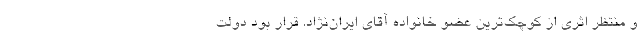
و منتظر اثری از کوچک‌ترین عضو خانواده آقای ایران‌نژاد. قرار بود دولت